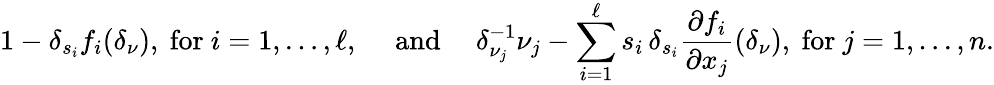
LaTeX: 1-\delta_{s_{i}}f_{i}(\delta_{\nu}),\mathrm{~for~}i=1,\ldots,\ell,\quad\mathrm{~and~}\quad\delta_{\nu_{j}}^{-1}\nu_{j}-\sum_{i=1}^{\ell}s_{i}\, \delta_{s_{i}}\frac{\partial f_{i}}{\partial x_{j}}(\delta_{\nu}),\mathrm{~for~}j=1,\ldots,n.